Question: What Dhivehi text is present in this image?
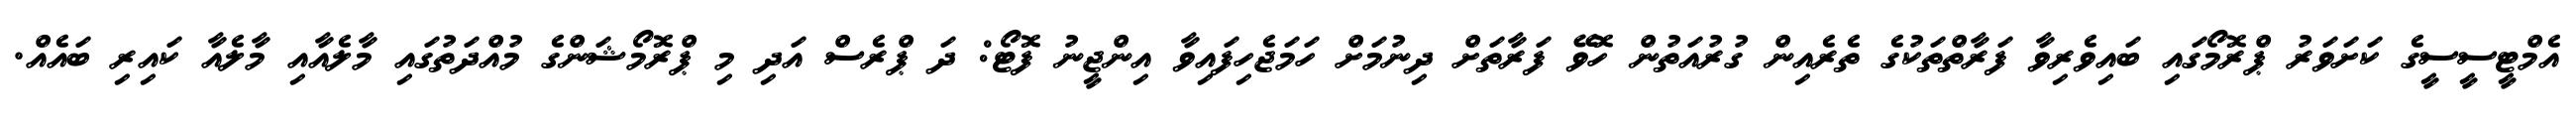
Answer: އެމްޓީސީސީގެ ކަށަވަރު ޕްރޮމޯގައި ބައިވެރިވާ ފަރާތްތަކުގެ ތެރެއިން ގުރުއަތުން ހޮވޭ ފަރާތަށް ދިނުމަށް ހަމަޖެހިފައިވާ އިންޖީނު ފޮޓޯ: ދަ ޕްރެސް އަދި މި ޕްރޮމޯޝަންގެ މުއްދަތުގައި މާލެއާއި މާލެއާ ކައިރި ބައެއް.